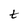
Character: t